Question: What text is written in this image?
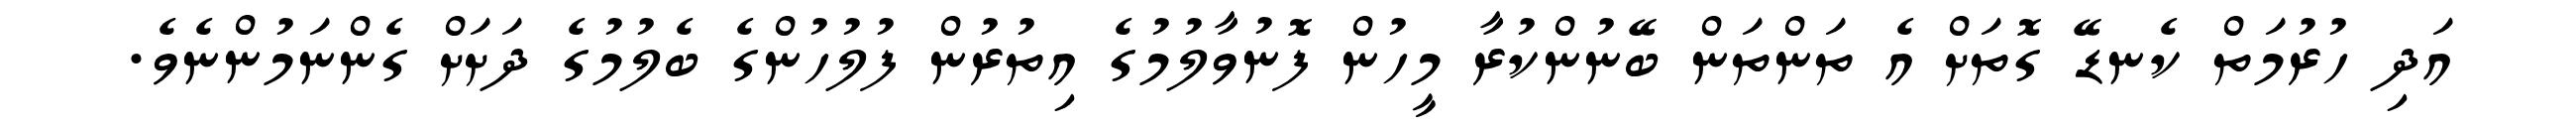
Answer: އަދި ހުރުމަތް ކެނޑޭ ގޮތަށް އެ ތަންތަން ބޭނުންކުރާ މީހުން ފޮނުވާލުމުގެ އިތުރުން ފުލުހުންގެ ބެލުމުގެ ދަށަށް ގެންނަމުންނެވެ.